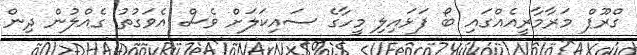
ގްރޫޕް މަރާމާރީއެއްގައި ބޯ ފަޅައިލި މީހާގެ ސައިކަލަށް ވެސް އެވަގުތު ގެއްލުން ދިން